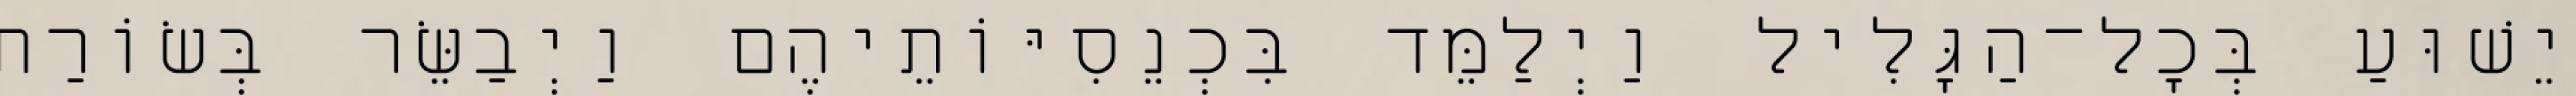
יֵשׁוּעַ בְּכָל־הַגָּלִיל וַיְלַמֵּד בִּכְנֵסִיּוֹתֵיהֶם וַיְבַשֵּׂר בְּשׂוֹרַת